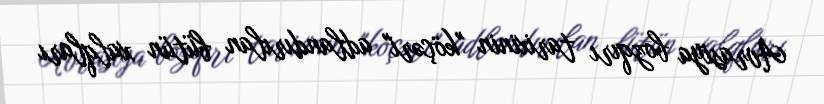
Avrasiya bozqırı tarixinin "köçəri" adlandırılan bütün xalqları